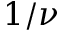
1 / \nu